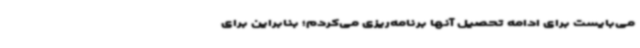
می‌بایست برای ادامه تحصیل آنها برنامه‌ریزی می‌کردم؛ بنابراین برای